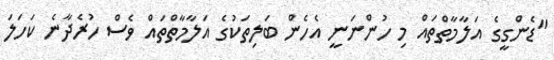
"ޑެންގީގެ އަލާމާތްތައް މި ހުންނަނީ އެހެން ބަލިތަކުގެ އަލާމާތްތައް ވެސް ހުރެދާނެ ކަހަލަ